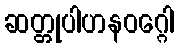
ဆတ္တုပါဟနဝဂ္ဂေါ